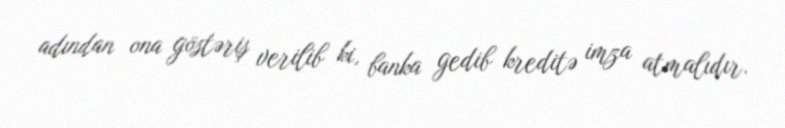
adından ona göstəriş verilib ki, banka gedib kreditə imza atmalıdır.